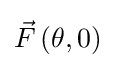
{\vec {F}}\left({\theta ,0}\right)